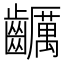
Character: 𪙺